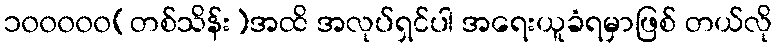
၁၀၀၀၀၀(တစ်သိန်း)အထိ အလုပ်ရှင်ပါ အရေးယူခံရမှာဖြစ် တယ်လို